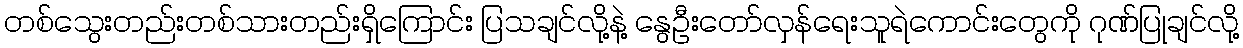
တစ်သွေးတည်းတစ်သားတည်းရှိကြောင်း ပြသချင်လို့နဲ့ နွေဦးတော်လှန်ရေးသူရဲကောင်းတွေကို ဂုဏ်ပြုချင်လို့